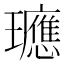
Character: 𭺓